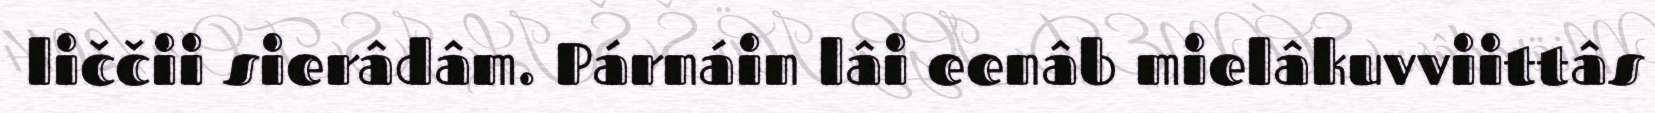
liččii sierâdâm. Párnáin lâi eenâb mielâkuvviittâs